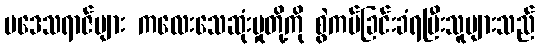
ပဒေသရာဇ်များ ကလေးသေဆုံးမှုတို့ကို စွဲကပ်ခြင်းခံရပြီးသူများသည်